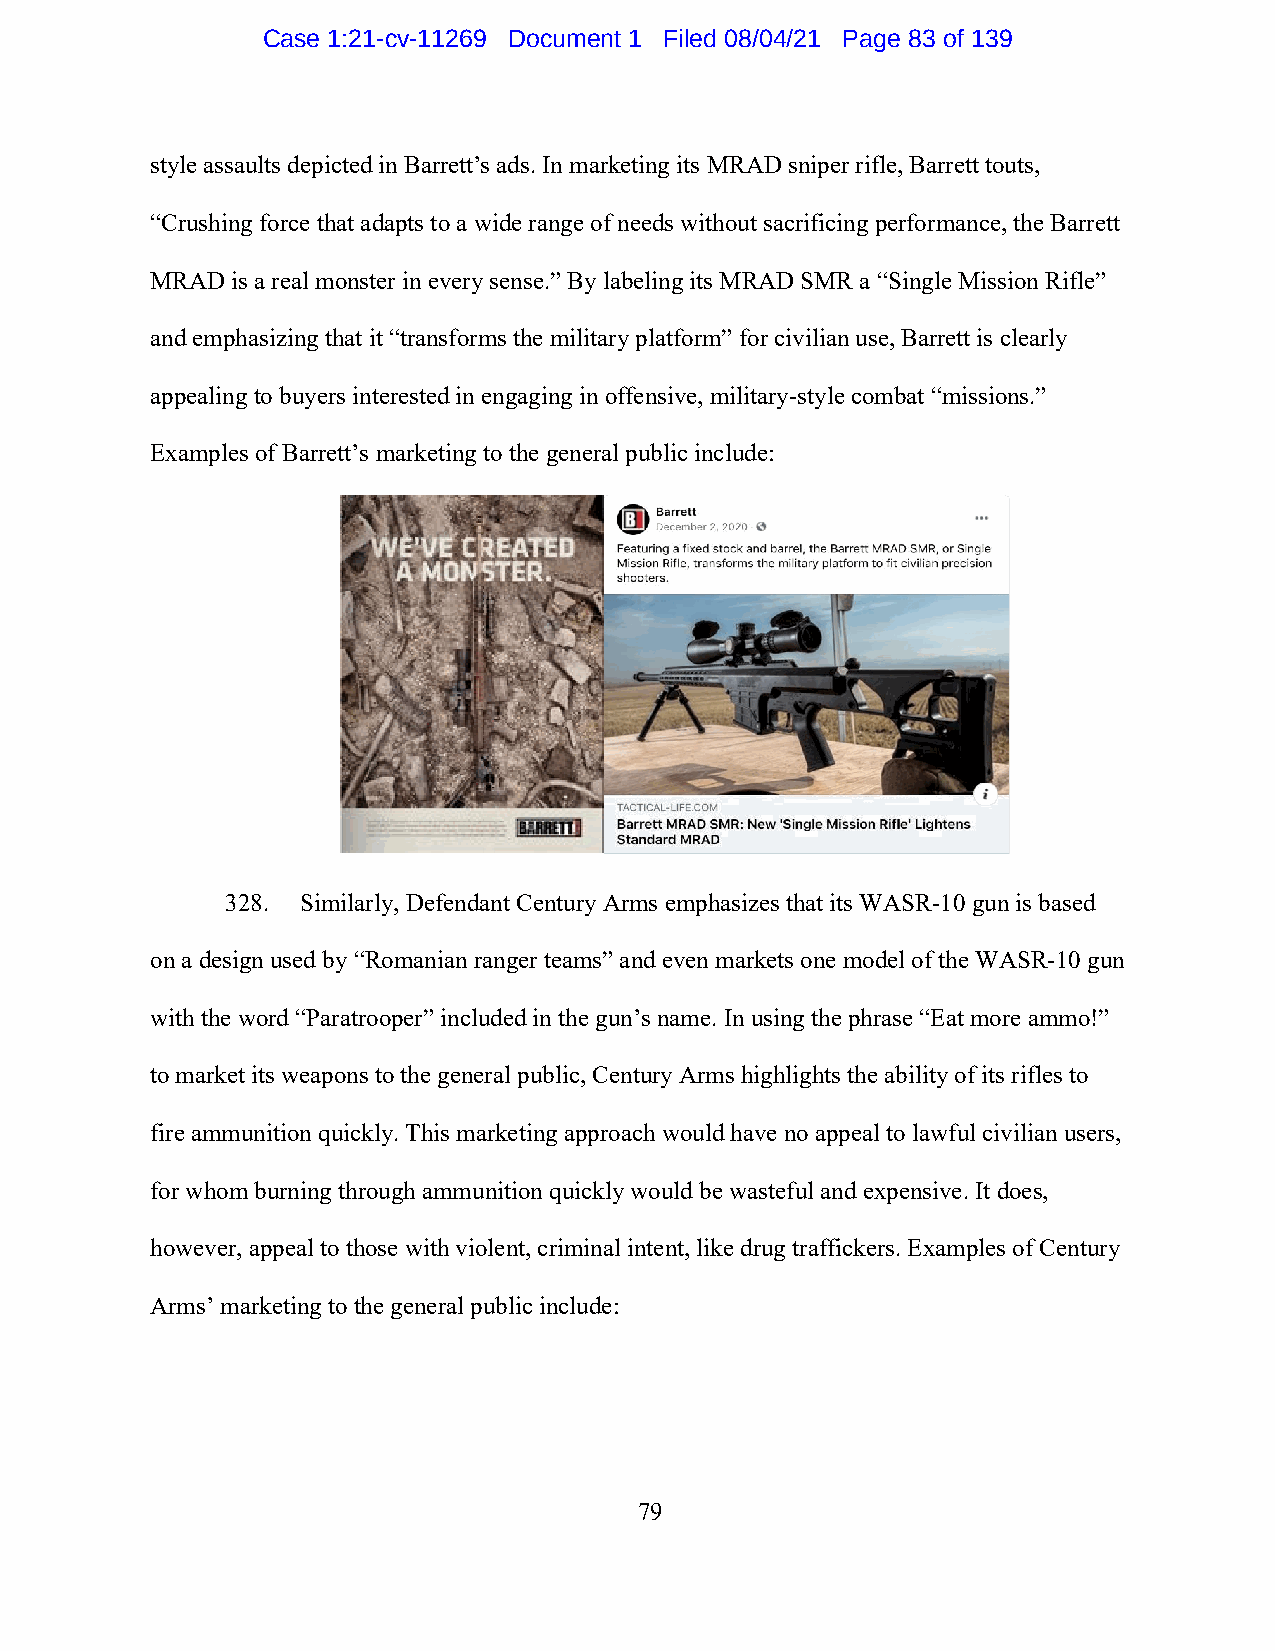
Case 1:21-cv-11269 Document 1 Filed 08/04/21 Page 83 of 139
 style assaults depicted in Barrett’s ads. In marketing its MRAD sniper rifle, Barrett touts,
 “Crushing force that adapts to a wide range of needs without sacrificing performance, the Barrett
 MRAD is a real monster in every sense.” By labeling its MRAD SMR a “Single Mission Rifle”
 and emphasizing that it “transforms the military platform” for civilian use, Barrett is clearly
 appealing to buyers interested in engaging in offensive, military-style combat “missions.”
 Examples of Barrett’s marketing to the general public include:
 328. Similarly, Defendant Century Arms emphasizes that its WASR-10 gun is based
 on a design used by “Romanian ranger teams” and even markets one model of the WASR-10 gun
 with the word “Paratrooper” included in the gun’s name. In using the phrase “Eat more ammo!”
 to market its weapons to the general public, Century Arms highlights the ability of its rifles to
 fire ammunition quickly. This marketing approach would have no appeal to lawful civilian users,
 for whom burning through ammunition quickly would be wasteful and expensive. It does,
 however, appeal to those with violent, criminal intent, like drug traffickers. Examples of Century
 Arms’ marketing to the general public include:
 79